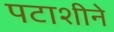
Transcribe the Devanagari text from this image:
पटाशीने